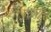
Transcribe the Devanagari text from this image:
इक़रा